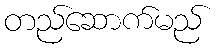
တည်ဆောက်မည်